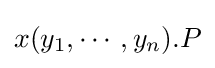
x(y_{1},\cdots ,y_{n}).P